Piroplasma canis and its life cycle in the tick - Number 29
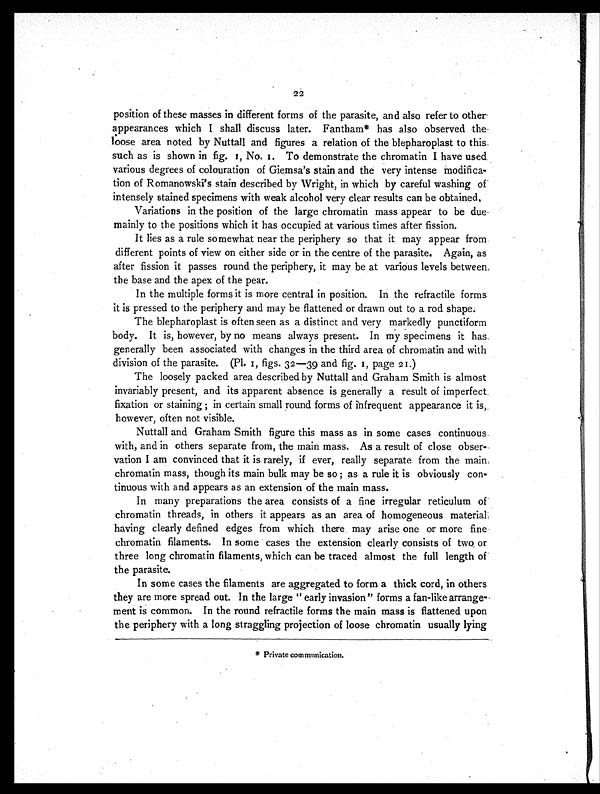
22
position of these masses in different forms of the parasite, and also refer to other
appearances which I shall discuss later. Fantham* has also observed the
loose area noted by Nuttall and figures a relation of the blepharoplast to this
such as is shown in fig. 1, No. 1. To demonstrate the chromatin I have used
various degrees of colouration of Giemsa's stain and the very intense modifica-
tion of Romanowski's stain described by Wright, in which by careful washing of
intensely stained specimens with weak alcohol very clear results can be obtained.
Variations in the position of the large chromatin mass appear to be due
mainly to the positions which it has occupied at various times after fission.
It lies as a rule somewhat near the periphery so that it may appear from
different points of view on either side or in the centre of the parasite. Again, as
after fission it passes round the periphery, it may be at various levels between
the base and the apex of the pear.
In the multiple forms it is more central in position. In the refractile forms
it is pressed to the periphery and may be flattened or drawn out to a rod shape.
The blepharoplast is often seen as a distinct and very markedly punctiform
body. It is, however, by no means always present. In my specimens it has
generally been associated with changes in the third area of chromatin and with
division of the parasite. (Pl. 1, figs. 32—39 and fig. 1, page 21.)
The loosely packed area described by Nuttall and Graham Smith is almost
invariably present, and its apparent absence is generally a result of imperfect
fixation or staining ; in certain small round forms of infrequent appearance it is,
however, often not visible.
Nuttall and Graham Smith figure this mass as in some cases continuous
with, and in others separate from, the main mass. As a result of close obser-
vation I am convinced that it is rarely, if ever, really separate from the main
chromatin mass, though its main bulk may be so ; as a rule it is obviously con-
tinuous with and appears as an extension of the main mass.
In many preparations the area consists of a fine irregular reticulum of
chromatin threads, in others it appears as an area of homogeneous material
having clearly defined edges from which there may arise one or more fine
chromatin filaments. In some cases the extension clearly consists of two or
three long chromatin filaments, which can be traced almost the full length of
the parasite.
In some cases the filaments are aggregated to form a thick cord, in others
they are more spread out. In the large " early invasion" forms a fan-like arrange-
ment is common. In the round refractile forms the main mass is flattened upon
the periphery with a long straggling projection of loose chromatin usually lying
* Private communication.